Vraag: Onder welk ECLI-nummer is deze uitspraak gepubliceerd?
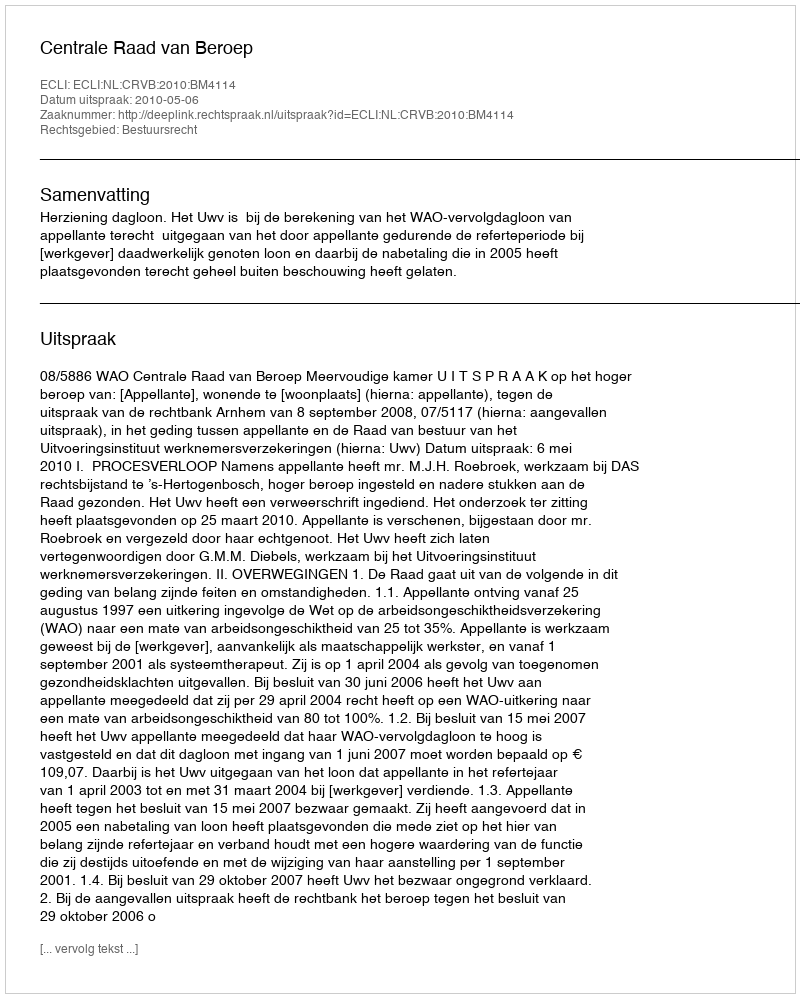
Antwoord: ECLI:NL:CRVB:2010:BM4114